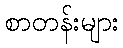
စာတန်းများ